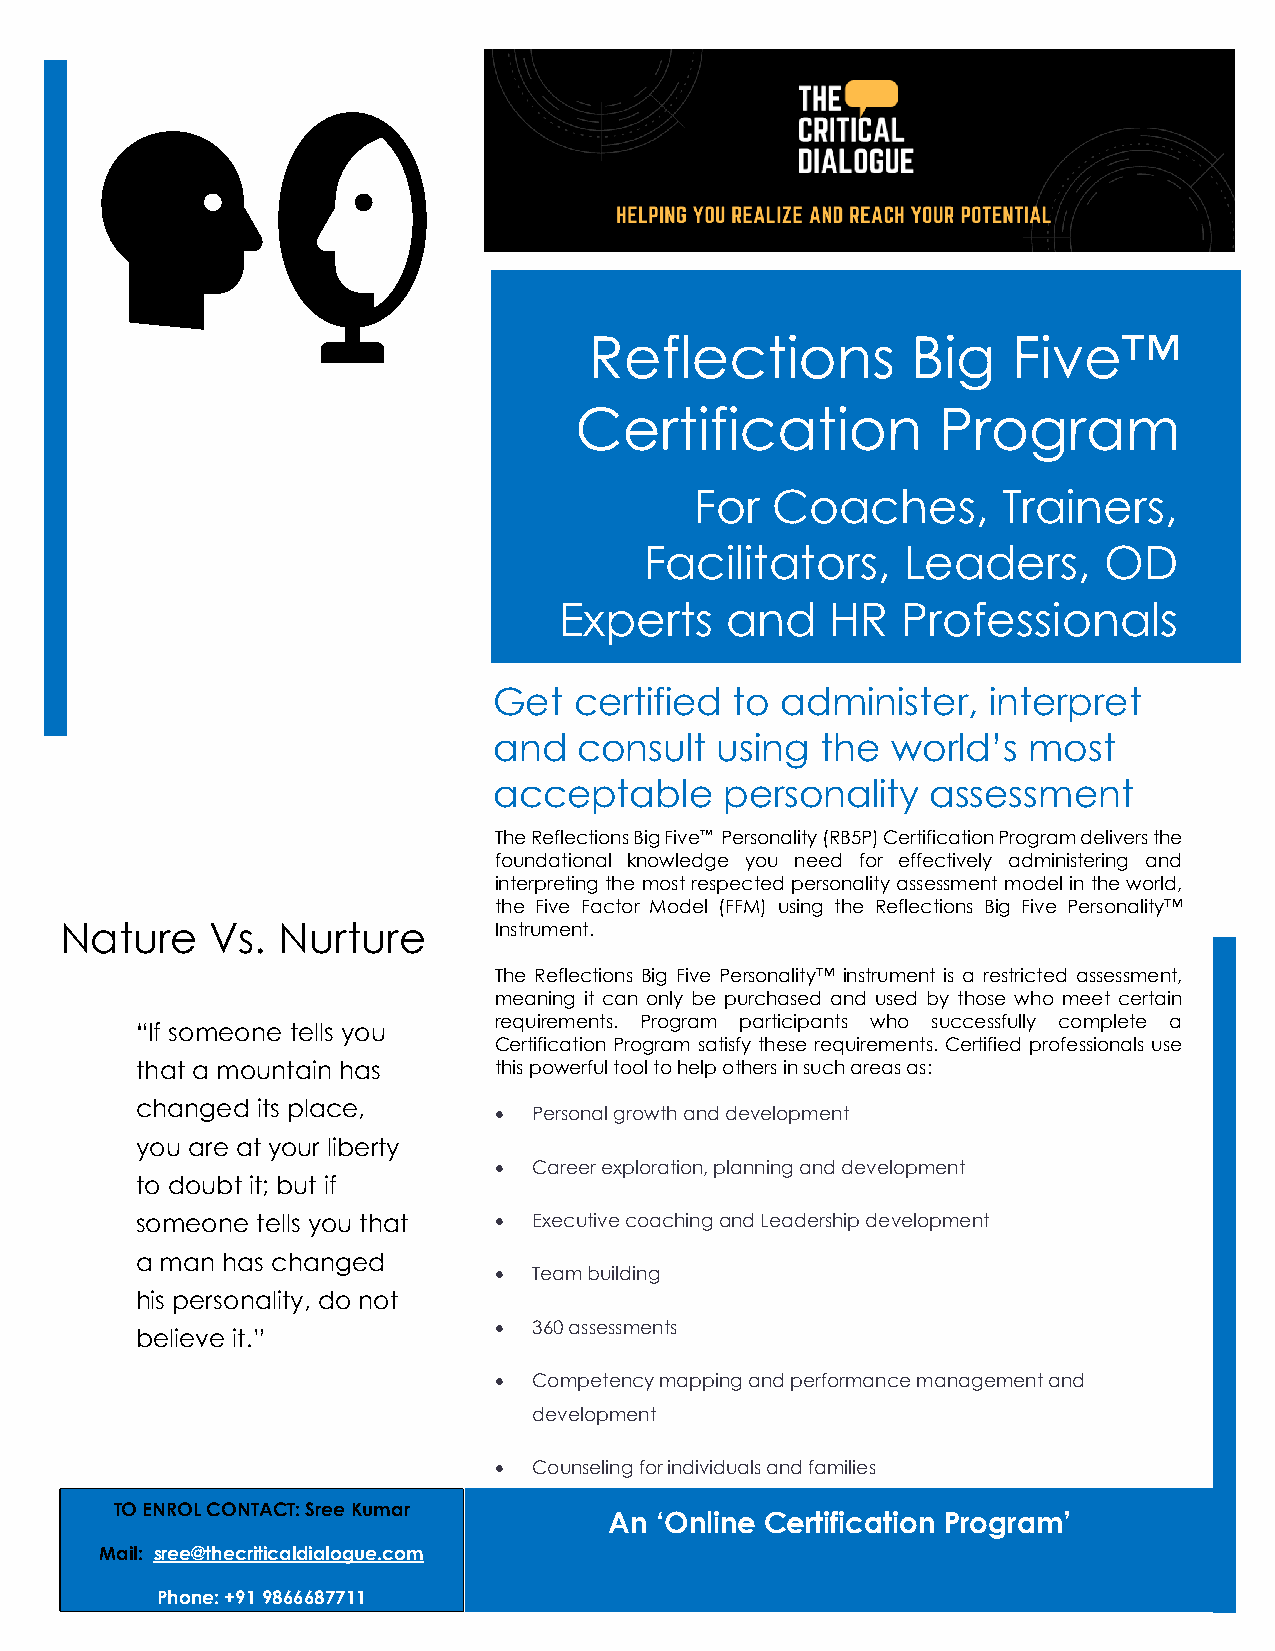
Reflections          Big    Five™
 Certification           Program
 For  Coaches,       Trainers,
 Facilitators,    Leaders,     OD
 Experts    and    HR   Professionals
 Get  certified  to administer,  interpret
 and  consult  using  the  world’s  most
 acceptable     personality   assessment
 The Reflections Big Five™ Personality (RB5P) Certification Program delivers the
 foundational knowledge you need for effectively administering and
 interpreting the most respected personality assessment model in the world,
 the Five Factor Model (FFM) using the Reflections Big Five Personality™
 Nature    Vs. Nurture        Instrument.
 The Reflections Big Five Personality™ instrument is a restricted assessment,
 meaning it can only be purchased and used by those who meet certain
 requirements. Program participants who successfully complete a
 “If someone tells you
 Certification Program satisfy these requirements. Certified professionals use
 that a mountain has     this powerful tool to help others in such areas as:
 changed its place,
 • Personal growth and development
 you are at your liberty
 • Career exploration, planning and development
 to doubt it; but if
 someone tells you that  • Executive coaching and Leadership development
 a man has changed
 • Team building
 his personality, do not
 • 360 assessments
 believe it.”
 • Competency mapping and performance management and
 development
 • Counseling for individuals and families
 TO ENROL CONTACT: Sree Kumar      Date:    11th  – 13th  Nov,    2019
 An ‘Online Certification Program’
 Mail: sree@thecriticaldialogue.com
 Hyderabad,         Telangana
 Phone: +91 9866687711